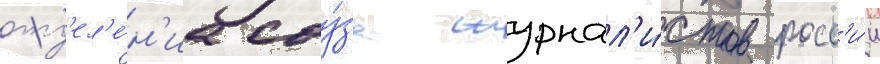
отд'ел'е́н'иа соу́за журнал'и́стов росс'и́и